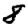
Digit: 8